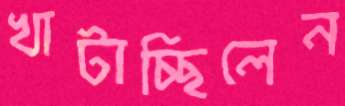
খাটাচ্ছিলেন